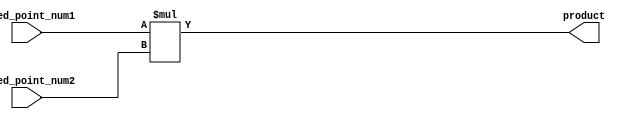
module fixed_point_multiplier (
    input wire signed [15:0] fixed_point_num1,
    input wire signed [15:0] fixed_point_num2,
    output wire signed [31:0] product
);

reg signed [15:0] input1;
reg signed [15:0] input2;
reg signed [31:0] result;

assign product = result;

always @* begin
    input1 = fixed_point_num1;
    input2 = fixed_point_num2;
    
    result = input1 * input2;
end

endmodule